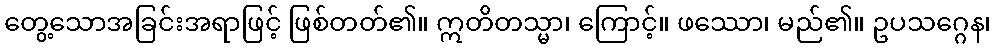
တွေ့သောအခြင်းအရာဖြင့် ဖြစ်တတ်၏။ ဣတိတသ္မာ၊ ကြောင့်။ ဖဿော၊ မည်၏။ ဥပသဂ္ဂေန၊